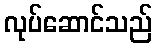
လုပ်ဆောင်သည်